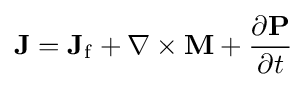
\mathbf {J} =\mathbf {J} _{\mathrm {f} }+\nabla \times \mathbf {M} +{\frac {\partial \mathbf {P} }{\partial t}}